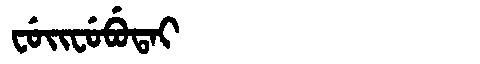
Manchu: ᠸᡠᡳᠸᡠᠪᡠᡨᠠᡳ
Romanization: FUIFUBUTAI